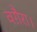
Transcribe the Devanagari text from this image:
वग़ैरा।